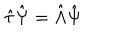
\hat { \tau } \hat { \Psi } = \hat { \Lambda } \hat { \Psi }